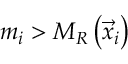
m _ { i } > M _ { R } \left( \vec { x } _ { i } \right)